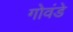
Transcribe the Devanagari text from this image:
गोवंडे